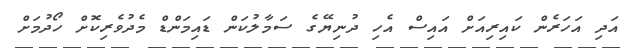
އަދި އަހަރެން ކައިރިއަށް އައިސް އެހި ދުނިޔޭގެ ސަމާލުކަން ޑައިމަންޑް މެދުވެރިކޮށް ހޯދުމަށް